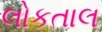
લોકતાલ